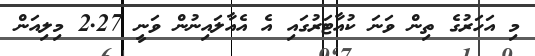
މި އަހަރުގެ ތިން ވަނަ ކުއާޓަރުގައި އެ އެއާލައިނުން ވަނީ 2.27 މިލިއަން